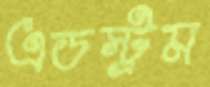
এডস্ট্রম